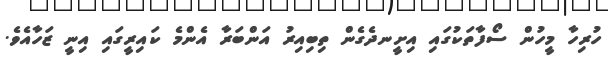
ހުރިހާ މީހުން ސޯފާތަކުގައި އިށީނދެގެން ތިބިއިރު އަންބަރާ އެންމެ ކައިރީގައި އިނީ ޒަހާއެވެ.